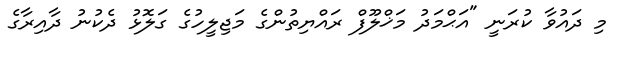
މި ދައުވާ ކުރަނީ "އަޙްމަދު މަޚްލޫފް ރައްޔިތުންގެ މަޖިލީހުގެ ގަލޮޅު ދެކުނު ދާއިރާގެ